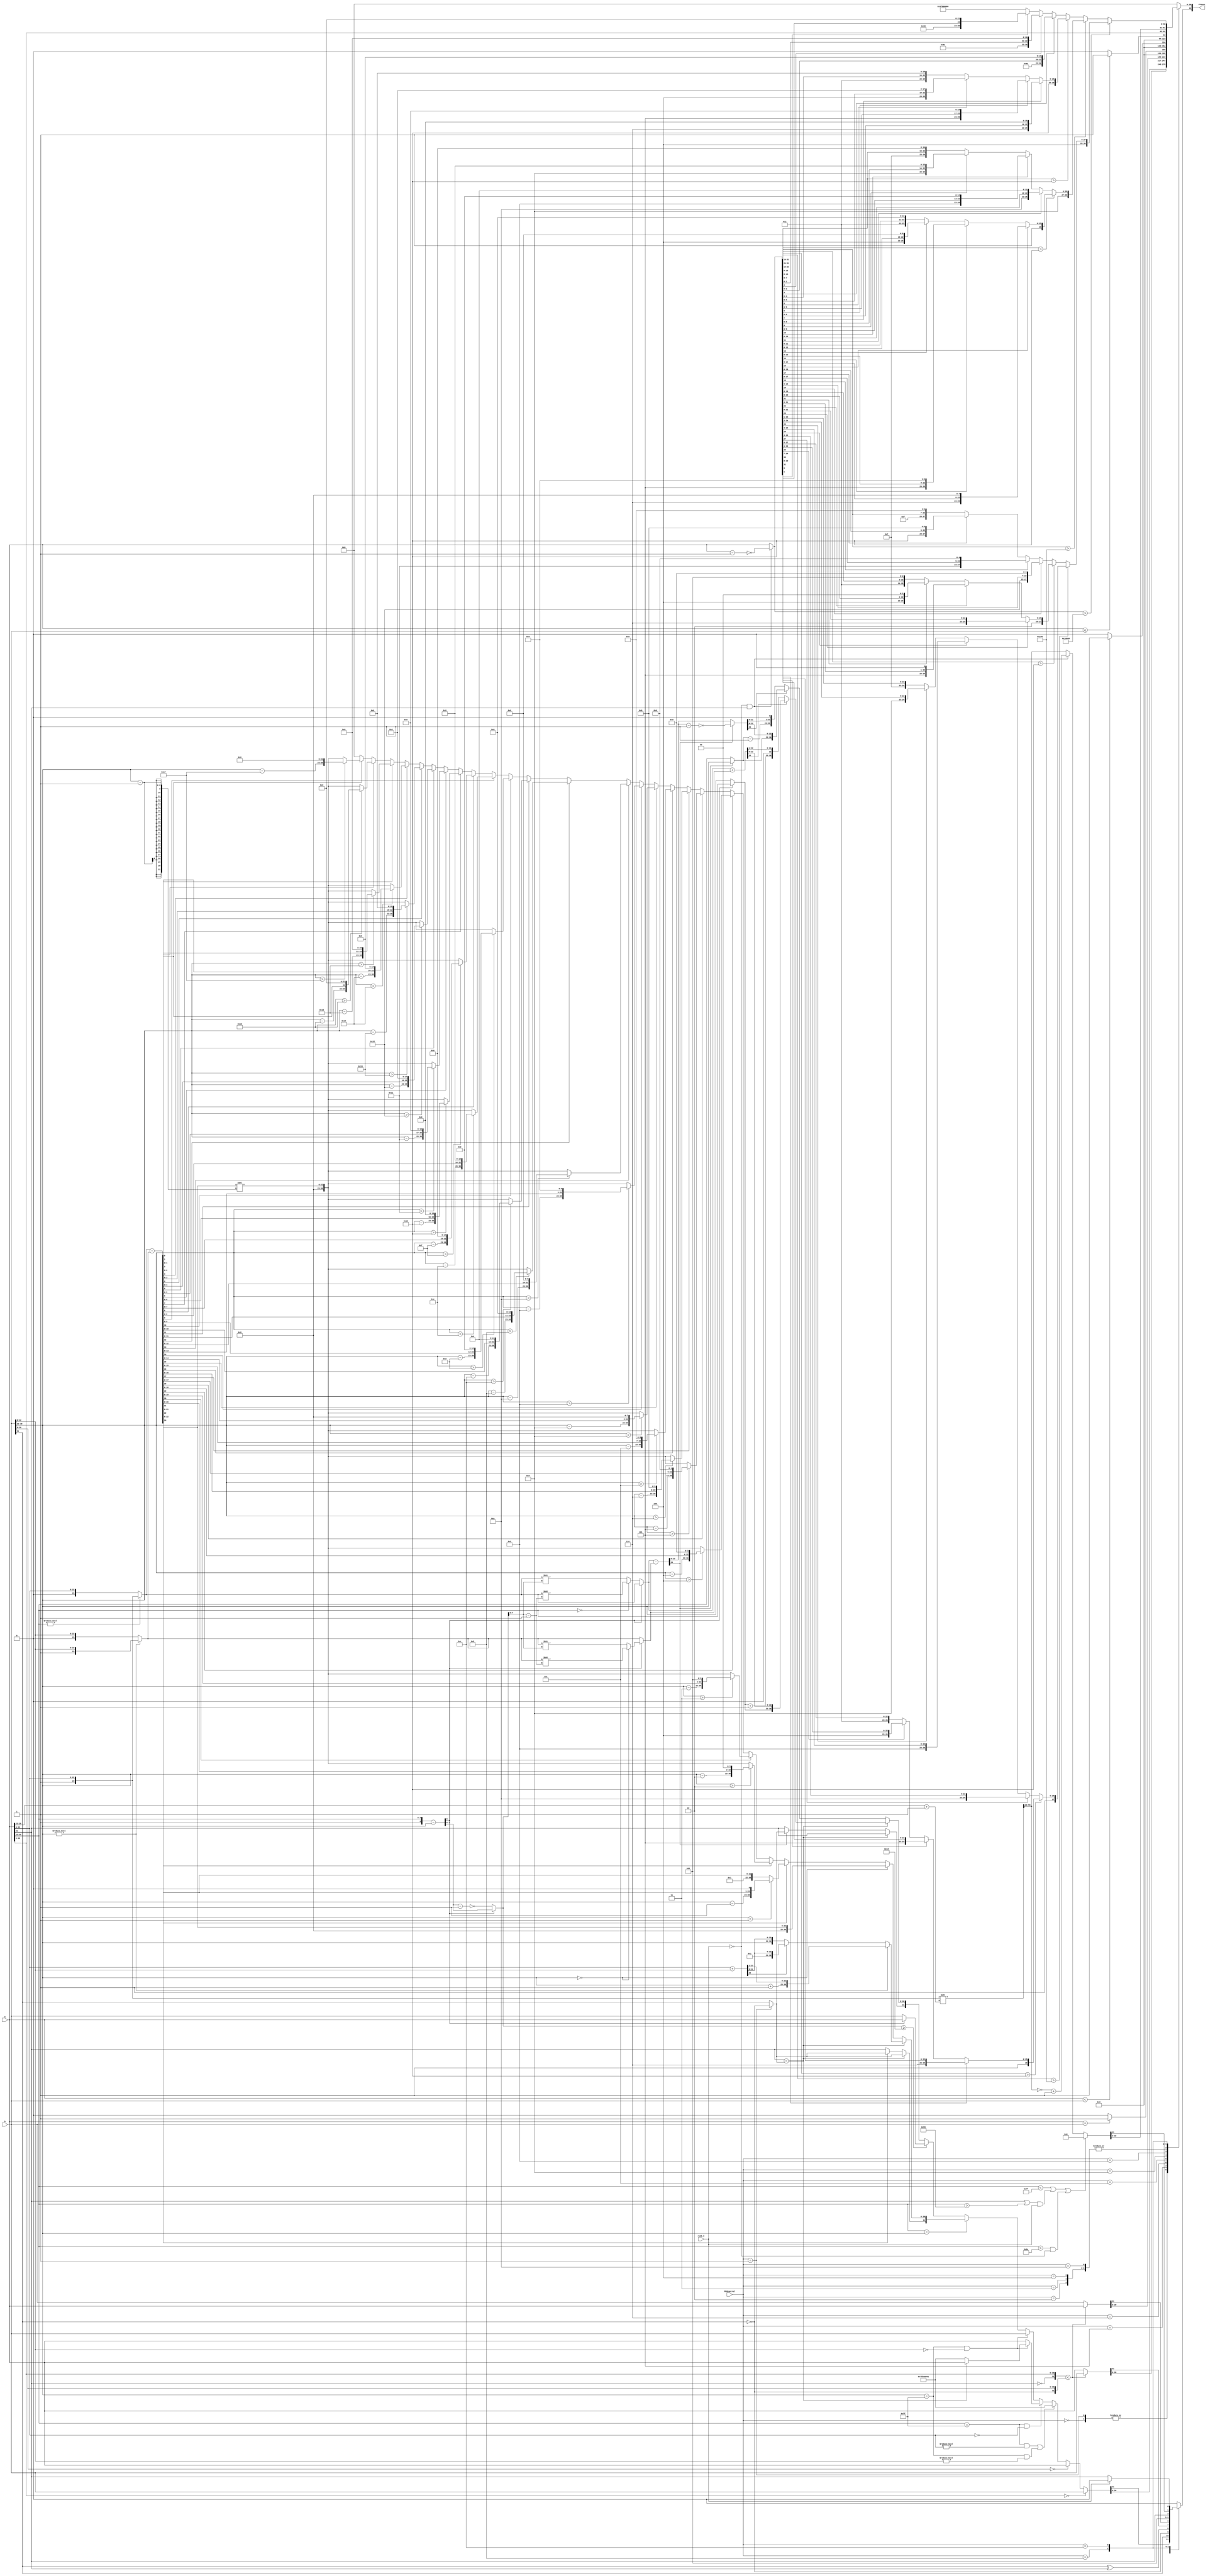
module FPU (FPUout,a,b,FPUControl,rs2E_0);
	
output reg [31:0] FPUout;
input [3:0] FPUControl;
input [31:0] a,b;
input rs2E_0;  //to differentiate convert to signed --> rs2E_0 = 1'b0 
				//from convert to unsigned --> rs2E_0 = 1'b1

// [31] --> s   // [30:23] --> Exponant   // [22:0] --> Mantiss
wire [7:0] a_expo = a[30:23];
wire a_sign = a[31];
wire [22:0] a_mant = a[22:0];
wire [7:0] b_expo = b[30:23];
reg b_sign;// to be equaled b[31] if add and ~b[31] if sub
wire [22:0] b_mant = b[22:0];

reg [7:0] temp_expo;
reg [8:0] temp_expo0;
reg [7:0] expo_out;
reg [24:0] temp;
reg [24:0] temp_0;
reg [54:0] temp_conv;
reg [23:0] temp_a;
reg [23:0] temp_b;
reg [23:0] temp_b_shift;
reg [23:0] temp_a_shift;
//[b_expo > a_expo] & [a_expo = 0] & [b_expo < 23] --> (+-1.) + (+-0.) overflow
always @(*) 
begin
	temp = 23'd0;
	temp_conv = {31'd0,1'b1,a_mant};
	temp_a = a_expo ? {1'b1,a_mant[22:0]} : {1'b0,a_mant[22:0]};
	temp_b = b_expo ? {1'b1,b_mant[22:0]} : {1'b0,b_mant[22:0]};
	temp_a_shift = a_expo ? {1'b1,a_mant[22:0]} : {1'b0,a_mant[22:0]};
	temp_b_shift = b_expo ? {1'b1,b_mant[22:0]} : {1'b0,b_mant[22:0]};
	temp_expo0 = {1'b1,a_expo} - {1'b0,b_expo};
	temp_expo = temp_expo0[8] ? temp_expo0[7:0] : ~(temp_expo0[7:0]-8'd1);
	expo_out = temp_expo0[8] ? a_expo : b_expo;
	if (FPUControl == 4'd1) //sub
		b_sign = ~b[31];
	else
		b_sign = b[31];
	case (FPUControl)
	4'd0,4'd1:	begin	//a'd0 addition & no op. (ALU op.)  ////4'd1 subtraction 
					//adding to +0 or -0
					if ({a_expo,a_mant} == 31'd0)
						FPUout = b;
					else if ({b_expo,b_mant} == 31'd0)
						FPUout = a;
					
					//NAN flag
					else if (((a_expo == 8'hff) && (a_mant != 23'd0)) || ((b_expo == 8'hff) && (b_mant != 23'd0)))
						FPUout = {1'b0,8'hff,23'd1}; //NAN OUTPUT 32'hFFFFFFFF
					
					//adding to +infinity or -infinity
					else if ((a_expo == 8'hff) && (a_mant == 23'd0))
						begin
							if (((b_expo == 8'hff) && (b_mant == 23'd0)))
								begin
									if (a_sign == b_sign)
										FPUout = a; //out = + or - infinity
									else
										FPUout = {1'b0,8'b11111111,23'd1}; //NAN OUTPUT 32'hFFFFFFFF	//FPUout = {a_sign,31'd0}; //out = +or-0
								end
							else
								FPUout = a; //out = + or - infinity		
						end
					else if ((b_expo == 8'hff) && (b_mant == 23'd0))
						FPUout = b; //out = + or - infinity		
					
					//a and b are impliced normalized or denormalized (pure fractional) form
					else if (a_expo == b_expo)
					begin
						if (a_sign == b_sign)
							begin
								temp = a_mant + b_mant;
								if (b_expo != 8'd0)	
									FPUout = {b_sign,(b_expo+8'd1),temp[23:1]};
								else
									begin
										if (temp[23])
											FPUout = {b_sign,8'd1,temp[22:0]};
										else
											FPUout = {b_sign,b_expo,temp[22:0]};
									end
							end
						else // (a_sign != b_sign)  +-1.0  +  -+1.0
							begin
								temp = temp_a - temp_b;
								FPUout[31] = temp[24] ? b_sign : a_sign;
								temp_0 = temp[24] ? ~(temp-24'd1) : temp;										
								FPUout[30:0] = norm_out(b_expo,temp[22:0]);
							end
					end
					else	//(a_expo > b_expo) | (b_expo > a_expo)
					begin
						if (temp_expo >= 8'd24)
							FPUout = (temp_expo0[8]) ? a : b;
						else
							begin
								if (temp_expo0[8]) //(a_expo > b_expo)
									temp_b_shift = (b_expo == 8'd0) ? temp_b>>(temp_expo[4:0]-5'd1) : temp_b>>temp_expo[4:0];
								else
									temp_a_shift = (a_expo == 8'd0) ? temp_a>>(temp_expo[4:0]-5'd1) : temp_a>>temp_expo[4:0];
									
								if (a_sign == b_sign)
									begin
										temp = temp_a_shift + temp_b_shift;
										if (temp[23]) //no overflow
											FPUout = {a_sign,expo_out,temp[22:0]};
										else //overflow
											FPUout = {a_sign,(expo_out+8'd1),{1'b0},temp[22:1]};	
									end
								else 
									begin
										temp = temp_a_shift - temp_b_shift;
										FPUout[31] = temp[24] ? b_sign : a_sign;
										expo_out = temp[24] ? b_expo : a_expo;
										temp_0 = temp[24] ? ~(temp-24'd1) : temp;										
										if (temp_0[23])
											FPUout[30:0] = {expo_out,temp_0[22:0]};
										else
											FPUout[30:0]= {(expo_out-8'd1),temp_0[21:0],1'b0};
									end
							end
					end
			end
	4'd2  : FPUout = {b[31],a[30:0]};   //sign_inject
	4'd3  : FPUout = {(~b[31]),a[30:0]};   //neg_sign_inject
	4'd4  : FPUout = {(b[31] ^ a[31]),a[30:0]};   //xor_sign_inject
	4'd5  : FPUout = ({(~a[31]),a[30:0]} < {(~b[31]),b[30:0]}) ? b : a;  //max
	4'd6  : FPUout = ({(~a[31]),a[30:0]} < {(~b[31]),b[30:0]}) ? a : b;  //min
	4'd7  : FPUout = (a == b) ? 32'd1 : 32'd0;	//compare (a == b)
	4'd8  : FPUout = (a < b) ? 32'd1 : 32'd0;	//compare (a < b)
	4'd9  : FPUout = (a <= b) ? 32'd1 : 32'd0;  //compare (a <= b)
	4'd10 : FPUout = a;	//mov_to_int_reg
	4'd11 : //convert_float_to_unsigned_or_signed_int --> rm --> rounding to zero
	begin 
		//[fraction 1.0*2^(neg) or 0.0*2(neg)] or negative number or out of range
		if ((a_expo < 8'd127) | (((a_sign == 1) | (a_expo > 8'd181)) & rs2E_0) | ((a_expo > 8'd180)&(~rs2E_0)))
				FPUout = 32'd0;
		else	//unsigned --> (8'd128 <= a_expo <= 8'd181) ||| signed --> (8'd128 <= a_expo <= 8'd180) 
			begin
				temp_conv = temp_conv<<(a_expo[5:0]+1);
				temp_conv[54:23] = ((~rs2E_0) & a_sign) ? (~temp_conv[54:23])+1 : temp_conv[54:23];
				FPUout = temp_conv [54:23];
			end
	end
	4'd12: //convert_unsigned_or_signed_int_to_float --> rm --> rounding to zero
	begin   
		FPUout[31] = rs2E_0 ? 1'b0 : a_sign;
		temp_conv[54:23] = ((~rs2E_0) & a_sign) ? ~(a-32'd1) : a;
		if (temp_conv[54:23] > 32'd65536) //2^16
		begin
			if (temp_conv [54:39] > 32'd256) //2^8
			begin
				if (temp_conv[54:47] > 32'd16) //2^4
				begin
					if (temp_conv[54]) 
						FPUout[30:0] = {8'd158,temp_conv[53:31]};
					else if (temp_conv[53]) 
						FPUout[30:0] = {8'd157,temp_conv[52:30]};
					else if (temp_conv[52])
						FPUout[30:0] = {8'd156,temp_conv[51:29]};
					else 
						FPUout[30:0] = {8'd155,temp_conv[50:28]};
				end
				else
				begin
					if (temp_conv[50]) 
						FPUout[30:0] = {8'd154,temp_conv[49:27]};
					else if (temp_conv[49]) 
						FPUout[30:0] = {8'd153,temp_conv[48:26]};
					else if (temp_conv[48])
						FPUout[30:0] = {8'd152,temp_conv[47:25]};
					else 
						FPUout[30:0] = {8'd151,temp_conv[46:24]};
				end
			end
			else
			begin
				if (temp_conv[46:39] > 32'd16) //2^4
				begin
					if (temp_conv[46]) 
						FPUout[30:0] = {8'd150,temp_conv[45:23]};
					else if (temp_conv[45]) 
						FPUout[30:0] = {8'd149,temp_conv[44:23],1'd0};
					else if (temp_conv[44])
						FPUout[30:0] = {8'd148,temp_conv[43:23],2'd0};
					else 
						FPUout[30:0] = {8'd147,temp_conv[42:23],3'd0};
				end
				else
				begin
					if (temp_conv[42]) 
						FPUout[30:0] = {8'd146,temp_conv[41:23],4'd0};
					else if (temp_conv[41]) 
						FPUout[30:0] = {8'd145,temp_conv[40:23],5'd0};
					else if (temp_conv[40])
						FPUout[30:0] = {8'd144,temp_conv[39:23],6'd0};
					else 
						FPUout[30:0] = {8'd143,temp_conv[38:23],7'd0};
				end
			end
		end
		else
		begin
			if (temp_conv[38:23] > 32'd256) //2^8
			begin
				if (temp_conv[38:31] > 32'd16) //2^4
				begin
					if (temp_conv[38]) 
						FPUout[30:0] = {8'd142,temp_conv[37:23],8'd0};
					else if (temp_conv[37]) 
						FPUout[30:0] = {8'd141,temp_conv[36:23],9'd0};
					else if (temp_conv[36])
						FPUout[30:0] = {8'd140,temp_conv[35:23],10'd0};
					else 
						FPUout[30:0] = {8'd139,temp_conv[34:23],11'd0};
				end
				else
				begin
					if (temp_conv[34]) 
						FPUout[30:0] = {8'd138,temp_conv[33:23],12'd0};
					else if (temp_conv[33]) 
				FPUout[30:0] = {8'd137,temp_conv[32:23],13'd0};
					else if (temp_conv[32])
						FPUout[30:0] = {8'd136,temp_conv[31:23],14'd0};
					else 
						FPUout[30:0] = {8'd135,temp_conv[30:23],15'd0};
				end
			end
			else
			begin
				if (temp_conv[30:23] > 32'd16) //2^4
				begin
					if (temp_conv[30]) 
						FPUout[30:0] = {8'd134,temp_conv[29:23],16'd0};
					else if (temp_conv[29]) 
						FPUout[30:0] = {8'd133,temp_conv[28:23],17'd0};
					else if (temp_conv[28])
						FPUout[30:0] = {8'd132,temp_conv[27:23],18'd0};
					else
						FPUout[30:0] = {8'd131,temp_conv[26:23],19'd0};
				end
				else
				begin
					if (temp_conv[26]) 
						FPUout[30:0] = {8'd130,temp_conv[25:23],20'd0};
					else if (temp_conv[25]) 
						FPUout[30:0] = {8'd129,temp_conv[24:23],21'd0};
					else if (temp_conv[24])
						FPUout[30:0] = {8'd128,temp_conv[23],22'd0};
					else 
						FPUout[30:0] = {8'd127,23'd0};
				end
			end		
		end	
	end
	default : FPUout = 0;	
	endcase
end
	
function [30:0] norm_out;

input [7:0] unnorm_expo;
input [22:0] unnorm_mant;

if (unnorm_expo == 8'b0)
	norm_out = {8'b0,unnorm_mant}; 
else
begin
if (unnorm_mant[22] == 1'b1)
begin
	if ((unnorm_expo > 8'd1))
		norm_out = {(unnorm_expo - 8'd1),(unnorm_mant<<1)};
	else 
		norm_out = {(8'b0),unnorm_mant};
end

else if (unnorm_mant[21] == 1'b1)
begin
	if ((unnorm_expo > 8'd2))
		norm_out = {(unnorm_expo - 8'd2),(unnorm_mant<<2)};
	else 
		norm_out = {(8'b0),(unnorm_mant<<unnorm_expo-1)};
end

else if (unnorm_mant[20] == 1'b1)
begin
	if ((unnorm_expo > 8'd3))
		norm_out = {(unnorm_expo - 8'd3),(unnorm_mant<<3)};
	else 
		norm_out = {(8'b0),(unnorm_mant<<unnorm_expo-1)};
end

else if (unnorm_mant[19] == 1'b1)
begin
	if ((unnorm_expo > 8'd4))
		norm_out = {(unnorm_expo - 8'd4),(unnorm_mant<<4)};
	else
		norm_out = {(8'b0),(unnorm_mant<<unnorm_expo-1)};
end

else if (unnorm_mant[18] == 1'b1)
begin
	if ((unnorm_expo > 8'd5))
		norm_out = {(unnorm_expo - 8'd5),(unnorm_mant<<5)};
	else
		norm_out = {(8'b0),(unnorm_mant<<unnorm_expo-1)};
end

else if (unnorm_mant[17] == 1'b1)
begin
	if ((unnorm_expo > 8'd6))
		norm_out = {(unnorm_expo - 8'd6),(unnorm_mant<<6)};
	else 
		norm_out = {(8'b0),(unnorm_mant<<unnorm_expo-1)};
end

else if (unnorm_mant[16] == 1'b1)
begin
	if ((unnorm_expo > 8'd7))
		norm_out = {(unnorm_expo - 8'd7),(unnorm_mant<<7)};
	else 
		norm_out = {(8'b0),(unnorm_mant<<unnorm_expo-1)};
end

else if (unnorm_mant[15] == 1'b1)
begin
	if ((unnorm_expo > 8'd8))
		norm_out = {(unnorm_expo - 8'd8),(unnorm_mant<<8)};
	else 
		norm_out = {(8'b0),(unnorm_mant<<unnorm_expo-1)};
end

else if (unnorm_mant[14] == 1'b1)
begin
	if ((unnorm_expo > 8'd9))
		norm_out = {(unnorm_expo - 8'd9),(unnorm_mant<<9)};
	else 
		norm_out = {(8'b0),(unnorm_mant<<unnorm_expo-1)};
end

else if (unnorm_mant[13] == 1'b1)
begin
	if ((unnorm_expo > 8'd10))
		norm_out = {(unnorm_expo - 8'd10),(unnorm_mant<<10)};
	else 
		norm_out = {(8'b0),(unnorm_mant<<unnorm_expo-1)};
end

else if (unnorm_mant[12] == 1'b1)
begin
	if ((unnorm_expo > 8'd11))
		norm_out = {(unnorm_expo - 8'd11),(unnorm_mant<<11)};
	else 
		norm_out = {(8'b0),(unnorm_mant<<unnorm_expo-1)};
end

else if (unnorm_mant[11] == 1'b1)
begin
	if ((unnorm_expo > 8'd12))
		norm_out = {(unnorm_expo - 8'd12),(unnorm_mant<<12)};
	else
		norm_out = {(8'b0),(unnorm_mant<<unnorm_expo-1)};
end

else if (unnorm_mant[10] == 1'b1)
begin
	if ((unnorm_expo > 8'd13))
		norm_out = {(unnorm_expo - 8'd13),(unnorm_mant<<13)};
	else
		norm_out = {(8'b0),(unnorm_mant<<unnorm_expo-1)};
end

else if (unnorm_mant[9] == 1'b1)
begin
	if ((unnorm_expo > 8'd14))
		norm_out = {(unnorm_expo - 8'd14),(unnorm_mant<<14)};
	else 
		norm_out = {(8'b0),(unnorm_mant<<unnorm_expo-1)};
end

else if (unnorm_mant[8] == 1'b1)
begin
	if ((unnorm_expo > 8'd15))
		norm_out = {(unnorm_expo - 8'd15),(unnorm_mant<<15)};
	else 
		norm_out = {(8'b0),(unnorm_mant<<unnorm_expo-1)};
end

else if (unnorm_mant[7] == 1'b1)
begin
	if ((unnorm_expo > 8'd16))
		norm_out = {(unnorm_expo - 8'd16),(unnorm_mant<<16)};
	else 
		norm_out = {(8'b0),(unnorm_mant<<unnorm_expo-1)};
end

else if (unnorm_mant[6] == 1'b1)
begin
	if ((unnorm_expo > 8'd17))
		norm_out = {(unnorm_expo - 8'd17),(unnorm_mant<<17)};
	else 
		norm_out = {(8'b0),(unnorm_mant<<unnorm_expo-1)};
end

else if (unnorm_mant[5] == 1'b1)
begin
	if ((unnorm_expo > 8'd18))
		norm_out = {(unnorm_expo - 8'd18),(unnorm_mant<<18)};
	else 
		norm_out = {(8'b0),(unnorm_mant<<unnorm_expo-1)};
end

else if (unnorm_mant[4] == 1'b1)
begin
	if ((unnorm_expo > 8'd19))
		norm_out = {(unnorm_expo - 8'd19),(unnorm_mant<<19)};
	else
		norm_out = {(8'b0),(unnorm_mant<<unnorm_expo-1)};
end

else if (unnorm_mant[3] == 1'b1)
begin
	if ((unnorm_expo > 8'd20))
		norm_out = {(unnorm_expo - 8'd20),(unnorm_mant<<20)};
	else
		norm_out = {(8'b0),(unnorm_mant<<unnorm_expo-1)};
end

else if (unnorm_mant[2] == 1'b1)
begin
	if ((unnorm_expo > 8'd21))
		norm_out = {(unnorm_expo - 8'd21),(unnorm_mant<<21)};
	else 
		norm_out = {(8'b0),(unnorm_mant<<unnorm_expo-1)};
end

else if (unnorm_mant[1] == 1'b1)
begin
	if ((unnorm_expo > 8'd22))
		norm_out = {(unnorm_expo - 8'd22),(unnorm_mant<<22)};
	else 
		norm_out = {(8'b0),(unnorm_mant<<unnorm_expo-1)};
end

else if (unnorm_mant[0] == 1'b1)
begin
	if ((unnorm_expo > 8'd23))
		norm_out = {(unnorm_expo - 8'd23),23'd0};
	else 
		norm_out = {(8'b0),(unnorm_mant<<unnorm_expo-1)};
end
else // if (unnorm_mant == 22'd0)
	norm_out = 30'd0;
end

endfunction
endmodule